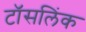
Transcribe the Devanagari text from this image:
टॉसलिंक